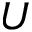
U